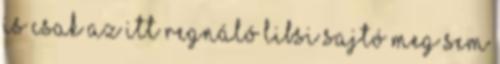
is csak az itt regnáló libsi sajtó meg sem